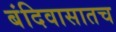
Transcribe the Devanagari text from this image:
बंदिवासातच